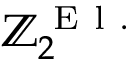
\mathbb { Z } _ { 2 } ^ { \mathrm { ~ E ~ l ~ . ~ } }